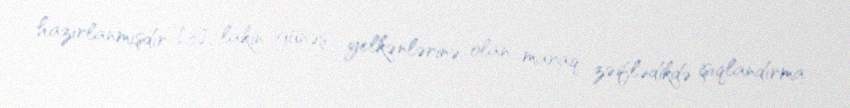
hazırlanmışdır [3], lakin günəş yelkənlərinə olan maraq zəiflədikdə işıqlandırma